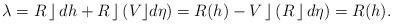
LaTeX: \begin{align*}\lambda = R \,\rfloor\, dh + R \,\rfloor\, (V\rfloor d\eta) = R(h) - V \,\rfloor\, (R\,\rfloor\, d\eta) = R(h).\end{align*}